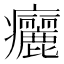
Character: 㿛